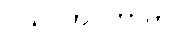
ပိယပ္ပဘဝိကာတိ